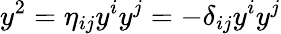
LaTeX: y^{2}=\eta_{ij}y^{i}y^{j}=-\delta_{ij}y^{i}y^{j}